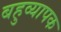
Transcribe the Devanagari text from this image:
बहुव्यापक